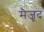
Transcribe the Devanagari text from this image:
मैजूद